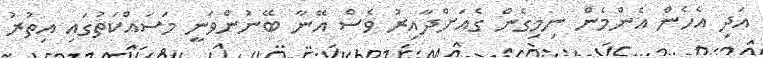
އަދި އެހެން އެންމެން ނިމިގެން ގެއަށްދާއިރު ވެސް އޭނާ ބޭނުންވަނީ މަސައްކަތުގައި އިތުރު